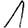
Digit: 1